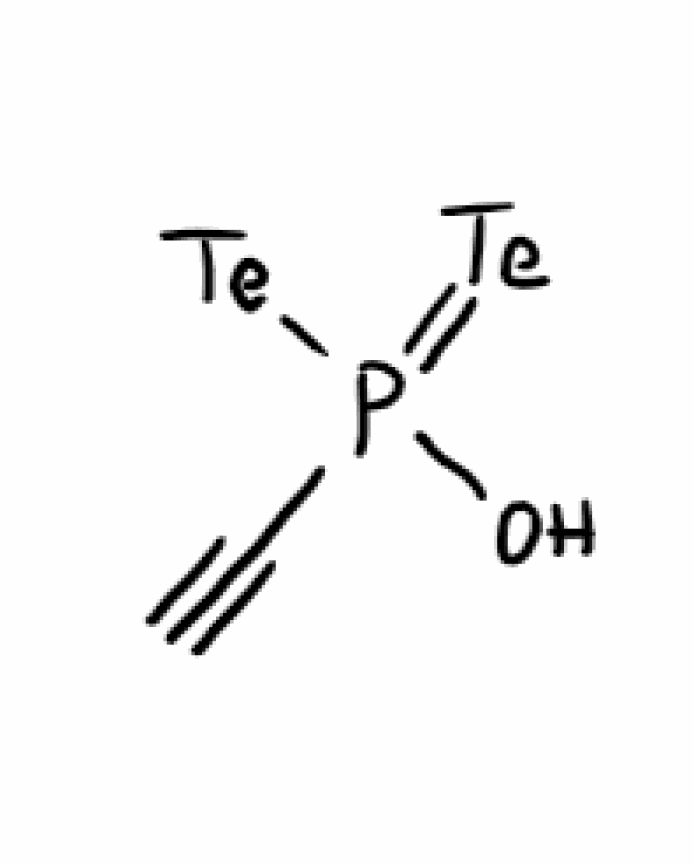
Simplified molecular-input line-entry system (SMILES) notation of the given molecule:
C#CP(=[Te])(O)[Te]